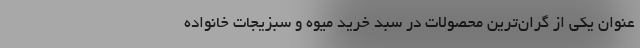
عنوان یکی از گران‌ترین محصولات در سبد خرید میوه و سبزیجات خانواده